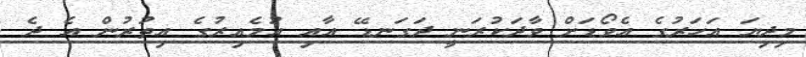
މިދިޔަ އަހަރުގެ އެވޯޑަށް ވާދަކުރަނީ ދަގަނޑޭ އާއި އުމެއިރުގެ އިތުރުން އެ ދެ